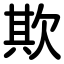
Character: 欺